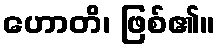
ဟောတိ၊ ဖြစ်၏။